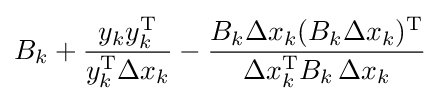
B_{k}+{\frac {y_{k}y_{k}^{\mathrm {T} }}{y_{k}^{\mathrm {T} }\Delta x_{k}}}-{\frac {B_{k}\Delta x_{k}(B_{k}\Delta x_{k})^{\mathrm {T} }}{\Delta x_{k}^{\mathrm {T} }B_{k}\,\Delta x_{k}}}